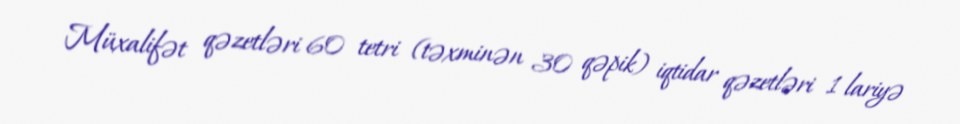
Müxalifət qəzetləri 60 tetri (təxminən 30 qəpik) iqtidar qəzetləri 1 lariyə